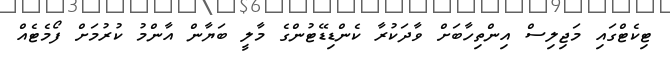
ޓިކެޓްގައި މަޖިލިސް އިންތިހާބަށް ވާދަކުރާ ކެންޑިޑޭޓުންގެ މާލީ ބަޔާން އާންމު ކުރުމަށް ފޯމެޓެއް